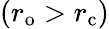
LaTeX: (r_{\mathrm{{o}}}>r_{\mathrm{{c}}})